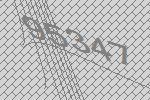
95347